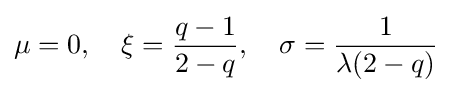
\mu =0,\quad \xi ={\frac {q-1}{2-q}},\quad \sigma ={\frac {1}{\lambda (2-q)}}